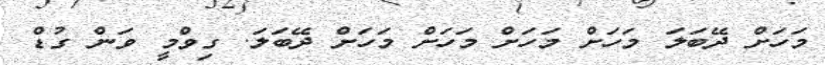
މަހަށް ދޭބަލަ މަހަށް މަހަށް މަހަށް މަހަށް ދޭބަލަ. ގިވްމީ ވަން ގުޑް